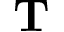
\mathbf { T }